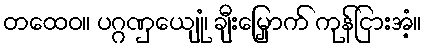
တထေဝ။ ပဂ္ဂဏှေယျုံ၊ ချီးမြှောက် ကုန်ငြားအံ့။